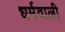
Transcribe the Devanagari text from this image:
धर्मवाली